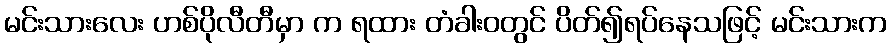
မင်းသားလေး ဟစ်ပိုလီတီမှာ က ရထား တံခါးဝတွင် ပိတ်၍ရပ်နေသဖြင့် မင်းသားက